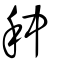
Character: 种